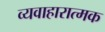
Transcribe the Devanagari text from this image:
व्यवाहारात्मक